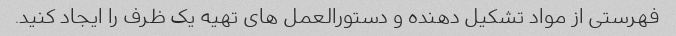
فهرستی از مواد تشکیل دهنده و دستورالعمل های تهیه یک ظرف را ایجاد کنید.